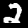
Digit: 2